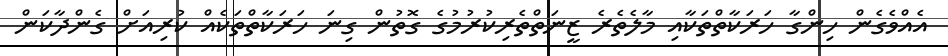
އެއްވެގެން ހިންގާ ހަރަކާތްތަކާއި މާލެތެރެ ޒީނަތްތެރިކުރުމުގެ ގޮތުން ގިނަ ހަރަކާތްތަކެއް ކުރިއަށް ގެންދާކަން